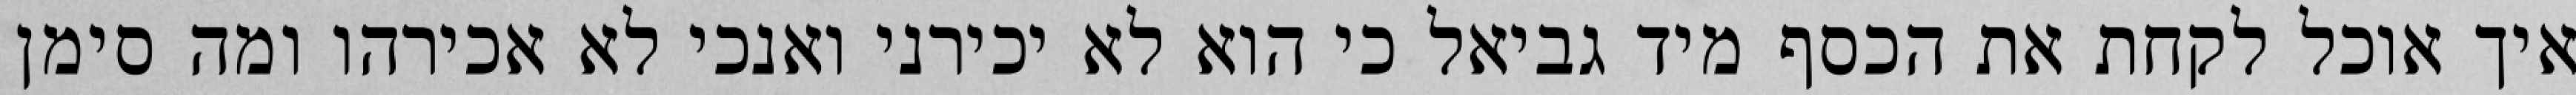
איך אוכל לקחת את הכסף מיד גביאל כי הוא לא יכירני ואנכי לא אכירהו ומה סימן